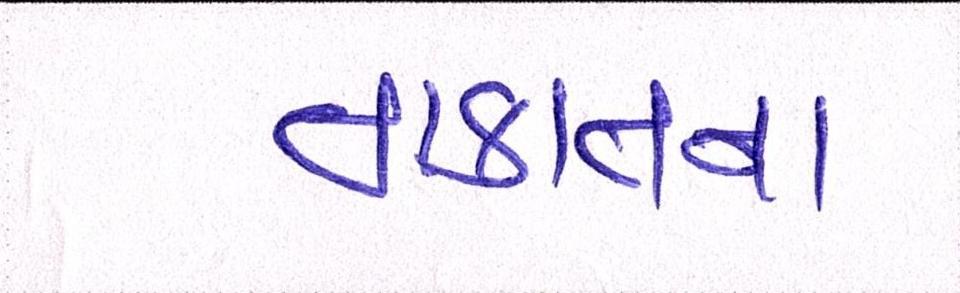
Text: તાકાતના